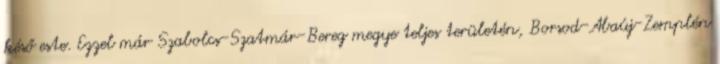
késő este. Ezzel már Szabolcs-Szatmár-Bereg megye teljes területén, Borsod-Abaúj-Zemplén